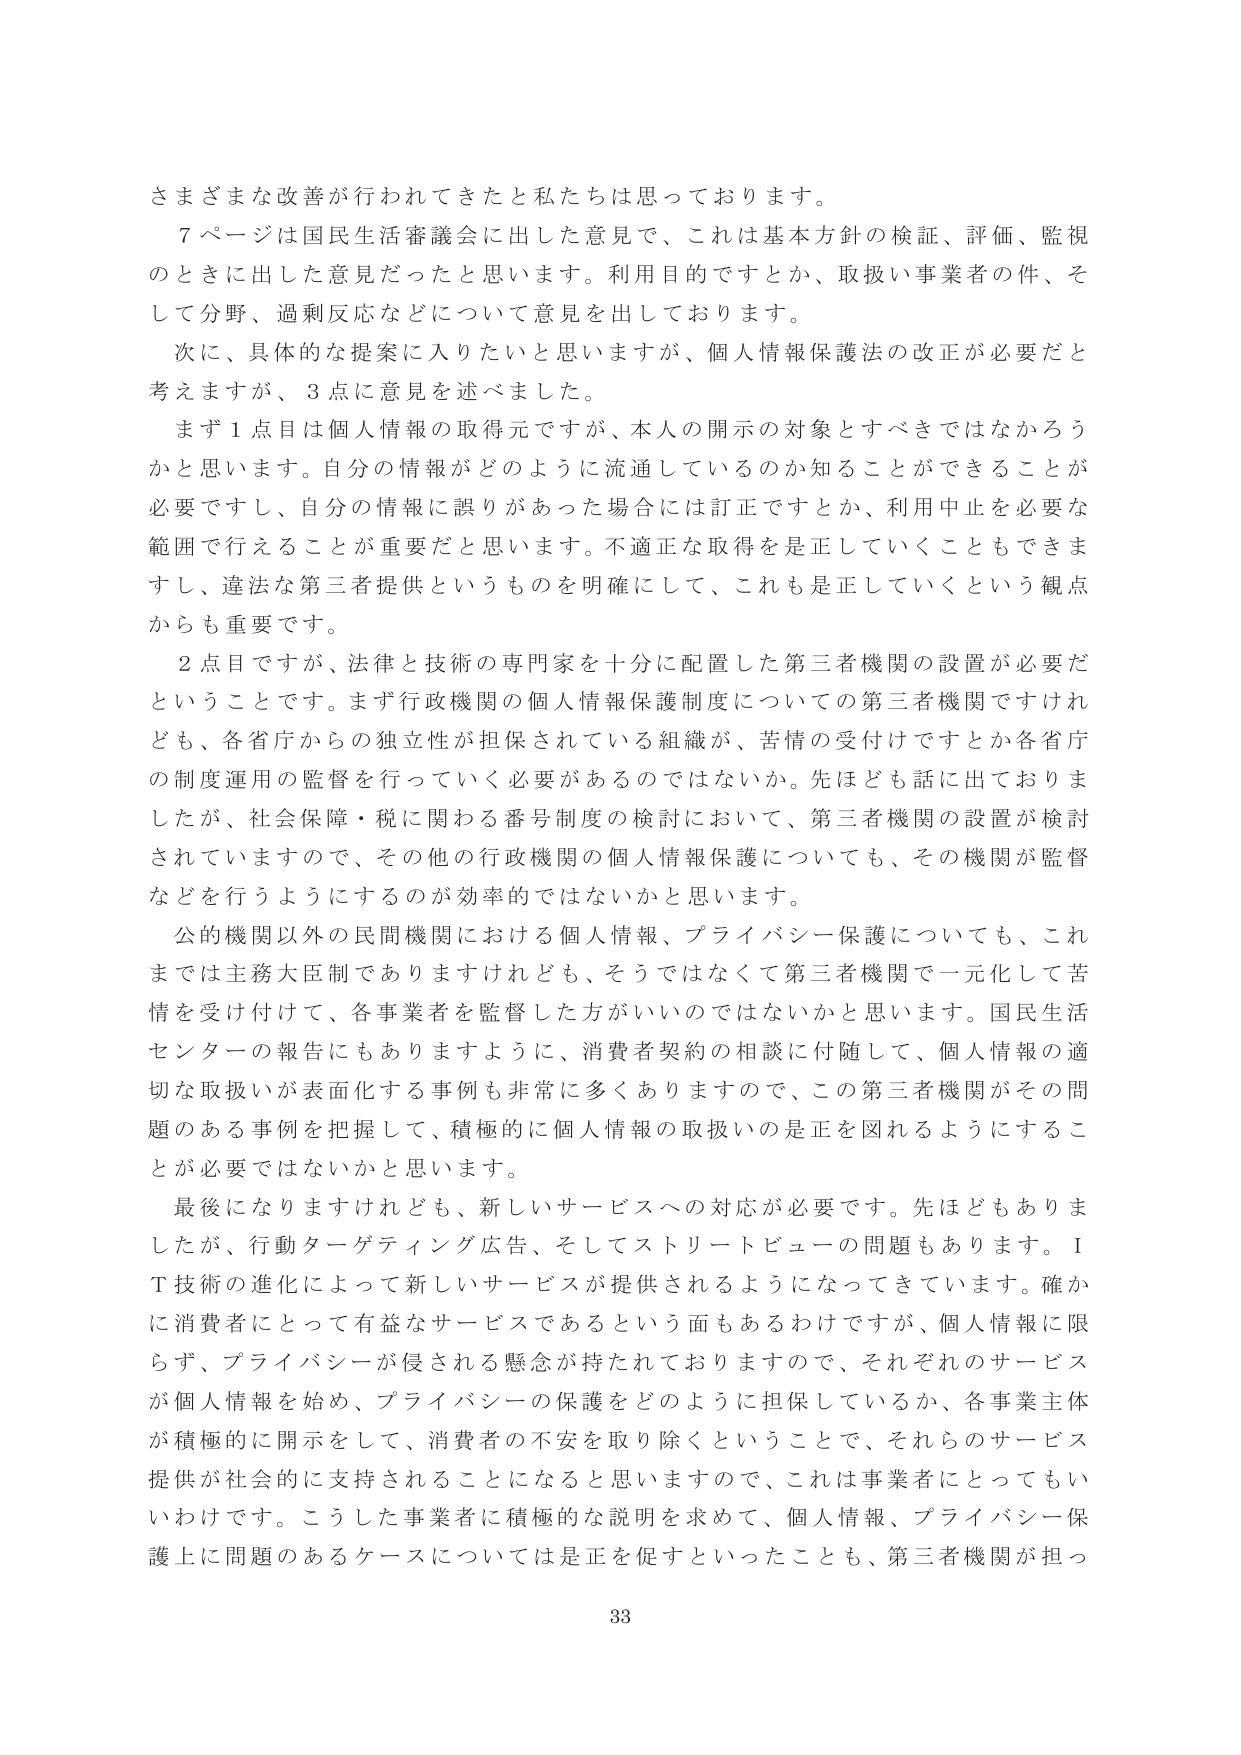
さまざまな改善が行われてきたと私たちは思っております。

７ページは国民生活審議会に出した意見で、これは基本方針の検証、評価、監視のときに出した意見だったと思います。利用目的ですとか、取扱い事業者の件、そして分野、過剰反応などについて意見を出しております。

次に、具体的な提案に入りたいと思いますが、個人情報保護法の改正が必要だと考えますが、３点に意見を述べました。

まず１点目は個人情報の取得元ですが、本人の開示の対象とすべきではなかろうかと思います。自分の情報がどのように流通しているのか知ることができる必要ですし、自分の情報に誤りがあった場合には訂正ですとか、利用中止を必要な範囲で行えることが重要だと思います。不適正な取得を是正していくこともできますし、違法な第三者提供というものを明確にして、これも是正していくという観点からも重要です。

２点目ですが、法律と技術の専門家を十分に配置した第三者機関の設置が必要だということです。まず行政機関の個人情報保護制度についての第三者機関ですけれども、各省庁からの独立性が担保されている組織が、苦情の受付けですとか各省庁の制度運用の監督を行っていく必要があるのではないか。先ほども話に出ておりましたが、社会保障・税に関わる番号制度の検討において、第三者機関の設置が検討されていますので、その他の行政機関の個人情報保護についても、その機関が監督などを行うようにするのが効率的ではないかと思います。

公的機関以外の民間機関における個人情報、プライバシー保護についても、これまでは主務大臣制でありますけれども、そうではなくて第三者機関で一元化して苦情を受け付けて、各事業者を監督した方がいいのではないかと思います。国民生活センターの報告にもありますように、消費者契約の相談に付随して、個人情報の適切な取扱いが表面化する事例も非常に多くありますので、この第三者機関がその問題のある事例を把握して、積極的に個人情報の取扱いの是正を図れるようにすることが必要ではないかと思います。

最後になりますけれども、新しいサービスへの対応が必要です。先ほどもありました、行動ターゲティング広告、そしてストリートビューの問題もあります。ＩＴ技術の進化によって新しいサービスが提供されるようになってきています。確かに消費者にとって有益なサービスであるという面もあるわけですが、個人情報に限らず、プライバシーが侵される懸念が持たれておりますので、それぞれのサービスが個人情報を始め、プライバシーの保護をどのように担保しているか、各事業主体が積極的に開示をして、消費者の不安を取り除くということで、それらのサービス提供が社会的に支持されることになると思いますので、これは事業者にとってもいわばです。こうした事業者に積極的な説明を求めて、個人情報、プライバシー保護上に問題のあるケースについては是正を促すといったことも、第三者機関が担っ

33